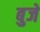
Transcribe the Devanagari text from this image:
बुजे